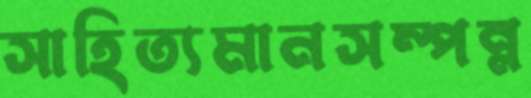
সাহিত্যমানসম্পন্ন